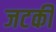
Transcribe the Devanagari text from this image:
जटकी